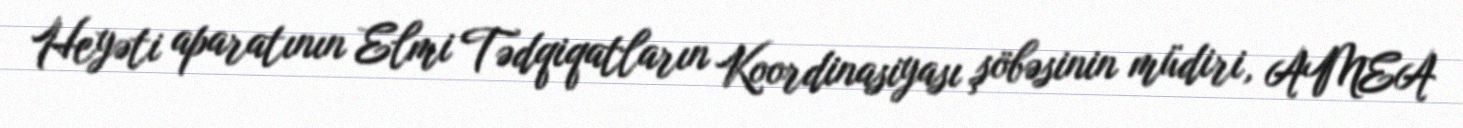
Heyəti aparatının Elmi Tədqiqatların Koordinasiyası şöbəsinin müdiri, AMEA